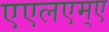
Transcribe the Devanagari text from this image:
एएलएम्ए